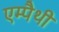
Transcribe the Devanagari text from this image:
एम्पैथी